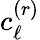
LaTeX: c_{\ell}^{(r)}